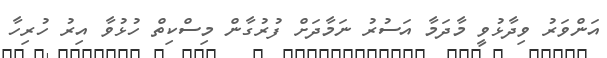
އަންވަރު ވިދާޅުވީ މާދަމާ އަސުރު ނަމާދަށް ފުރުގާން މިސްކިތް ހުޅުވާ އިރު ހުރިހާ